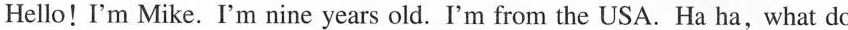
Hello!I'm Mike. I'm nine years old. I'm from the USA. Ha ha,what do